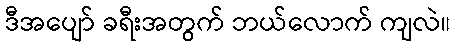
ဒီအပျော် ခရီးအတွက် ဘယ်လောက် ကျလဲ။